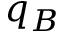
q _ { B }